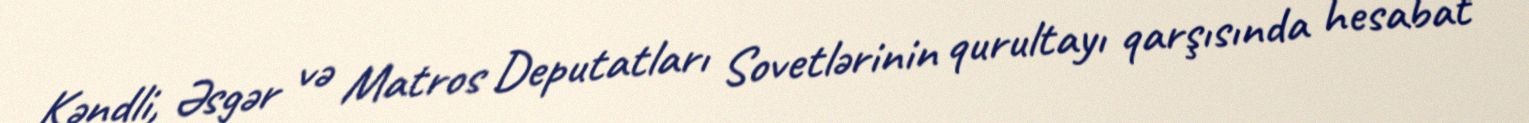
Kəndli, Əsgər və Matros Deputatları Sovetlərinin qurultayı qarşısında hesabat